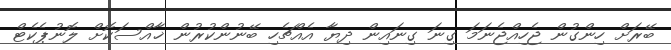
ބޭރަށް ހިންގުން ޖެހިއްޖެނަމަ ގިނަ ގިނައިން ދިޔާ އެއްޗެހި ބޭނުންކުރުން ޚާއްސަކޮށް ލޮނުޕެކެޓް